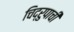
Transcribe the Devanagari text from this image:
चिद्रुपाची